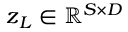
\boldsymbol { z } _ { L } \in \mathbb { R } ^ { S \times D }